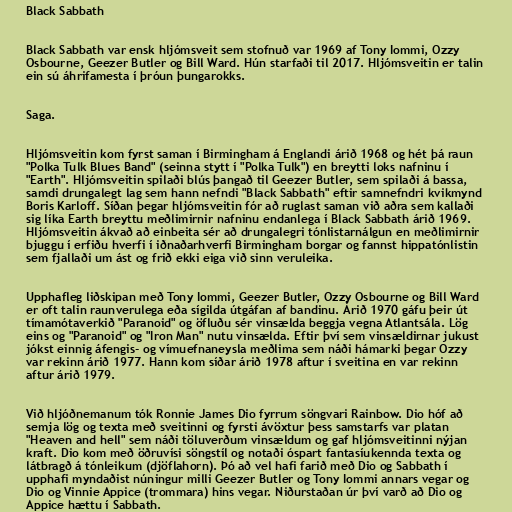
Black Sabbath

Black Sabbath var ensk hljómsveit sem stofnuð var 1969 af Tony Iommi, Ozzy
Osbourne, Geezer Butler og Bill Ward. Hún starfaði til 2017. Hljómsveitin er talin
ein sú áhrifamesta í þróun þungarokks.

Saga.

Hljómsveitin kom fyrst saman í Birmingham á Englandi árið 1968 og hét þá raun
"Polka Tulk Blues Band" (seinna stytt í "Polka Tulk") en breytti loks nafninu í
"Earth". Hljómsveitin spilaði blús þangað til Geezer Butler, sem spilaði á bassa,
samdi drungalegt lag sem hann nefndi "Black Sabbath" eftir samnefndri kvikmynd
Boris Karloff. Síðan þegar hljómsveitin fór að ruglast saman við aðra sem kallaði
sig líka Earth breyttu meðlimirnir nafninu endanlega í Black Sabbath árið 1969.
Hljómsveitin ákvað að einbeita sér að drungalegri tónlistarnálgun en meðlimirnir
bjuggu í erfiðu hverfi í iðnaðarhverfi Birmingham borgar og fannst hippatónlistin
sem fjallaði um ást og frið ekki eiga við sinn veruleika.

Upphafleg liðskipan með Tony Iommi, Geezer Butler, Ozzy Osbourne og Bill Ward
er oft talin raunverulega eða sígilda útgáfan af bandinu. Árið 1970 gáfu þeir út
tímamótaverkið "Paranoid" og öfluðu sér vinsælda beggja vegna Atlantsála. Lög
eins og "Paranoid" og "Iron Man" nutu vinsælda. Eftir því sem vinsældirnar jukust
jókst einnig áfengis- og vímuefnaneysla meðlima sem náði hámarki þegar Ozzy
var rekinn árið 1977. Hann kom síðar árið 1978 aftur í sveitina en var rekinn
aftur árið 1979.

Við hljóðnemanum tók Ronnie James Dio fyrrum söngvari Rainbow. Dio hóf að
semja lög og texta með sveitinni og fyrsti ávöxtur þess samstarfs var platan
"Heaven and hell" sem náði töluverðum vinsældum og gaf hljómsveitinni nýjan
kraft. Dio kom með öðruvísi söngstíl og notaði óspart fantasíukennda texta og
látbragð á tónleikum (djöflahorn). Þó að vel hafi farið með Dio og Sabbath í
upphafi myndaðist núningur milli Geezer Butler og Tony Iommi annars vegar og
Dio og Vinnie Appice (trommara) hins vegar. Niðurstaðan úr því varð að Dio og
Appice hættu í Sabbath.